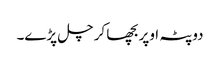
دوپٹہ اوپر بچھا کر چل پڑے۔